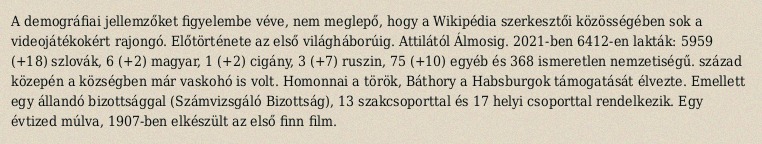
A demográfiai jellemzőket figyelembe véve, nem meglepő, hogy a Wikipédia szerkesztői közösségében sok a videojátékokért rajongó. Előtörténete az első világháborúig. Attilától Álmosig. 2021-ben 6412-en lakták: 5959 (+18) szlovák, 6 (+2) magyar, 1 (+2) cigány, 3 (+7) ruszin, 75 (+10) egyéb és 368 ismeretlen nemzetiségű. század közepén a községben már vaskohó is volt. Homonnai a török, Báthory a Habsburgok támogatását élvezte. Emellett egy állandó bizottsággal (Számvizsgáló Bizottság), 13 szakcsoporttal és 17 helyi csoporttal rendelkezik. Egy évtized múlva, 1907-ben elkészült az első finn film.